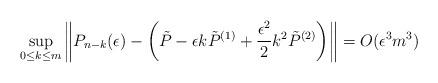
LaTeX: \begin{align*}\sup_{0\le k \le m} \left\| P_{n-k}(\epsilon) - \left(\tilde{P} - \epsilon k \tilde{P}^{(1)} + \frac{\epsilon^2}{2}k^2\tilde{P}^{(2)}\right) \right\| = O(\epsilon^3 m^3)\end{align*}